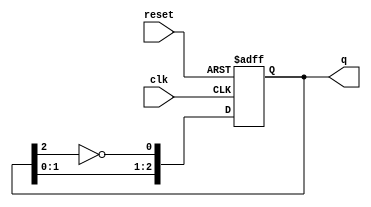
module johnson_counter (
    input wire clk,          // Clock signal
    input wire reset,        // Asynchronous reset
    output reg [2:0] q       // 3-bit output for the Johnson counter
);

// State register (3 D flip-flops for a 3-bit Johnson counter)
always @(posedge clk or posedge reset) begin
    if (reset) begin
        q <= 3'b000;         // Reset state
    end else begin
        // Johnson counter logic: Shift left and feed back the inverted last bit
        q <= {q[1:0], ~q[2]}; // Shift left and feed back inverted last bit
    end
end

endmodule